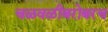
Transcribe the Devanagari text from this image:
चळवळीबरोबरच